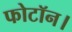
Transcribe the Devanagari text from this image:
फोटॉन।